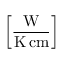
\left[ \frac { \mathrm { W } } { \mathrm { K } \, \mathrm { c m } } \right]